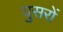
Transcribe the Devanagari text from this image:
युसरों